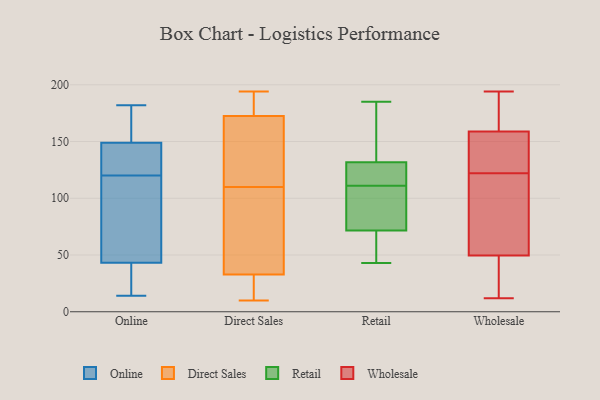
{"axis": {"x": "Gross Profit (USD K)", "y": "Value"}, "legend": ["Direct Sales", "Online", "Retail", "Wholesale"], "data": [{"x": "", "y": 34, "type": "Online"}, {"x": "", "y": 71, "type": "Online"}, {"x": "", "y": 122, "type": "Online"}, {"x": "", "y": 112, "type": "Online"}, {"x": "", "y": 172, "type": "Online"}, {"x": "", "y": 171, "type": "Online"}, {"x": "", "y": 156, "type": "Online"}, {"x": "", "y": 30, "type": "Online"}, {"x": "", "y": 14, "type": "Online"}, {"x": "", "y": 126, "type": "Online"}, {"x": "", "y": 22, "type": "Online"}, {"x": "", "y": 78, "type": "Online"}, {"x": "", "y": 128, "type": "Online"}, {"x": "", "y": 120, "type": "Online"}, {"x": "", "y": 182, "type": "Online"}, {"x": "", "y": 66, "type": "Direct Sales"}, {"x": "", "y": 149, "type": "Direct Sales"}, {"x": "", "y": 110, "type": "Direct Sales"}, {"x": "", "y": 33, "type": "Direct Sales"}, {"x": "", "y": 194, "type": "Direct Sales"}, {"x": "", "y": 191, "type": "Direct Sales"}, {"x": "", "y": 189, "type": "Direct Sales"}, {"x": "", "y": 19, "type": "Direct Sales"}, {"x": "", "y": 10, "type": "Direct Sales"}, {"x": "", "y": 85, "type": "Direct Sales"}, {"x": "", "y": 167, "type": "Direct Sales"}, {"x": "", "y": 32, "type": "Direct Sales"}, {"x": "", "y": 165, "type": "Direct Sales"}, {"x": "", "y": 112, "type": "Retail"}, {"x": "", "y": 125, "type": "Retail"}, {"x": "", "y": 111, "type": "Retail"}, {"x": "", "y": 185, "type": "Retail"}, {"x": "", "y": 43, "type": "Retail"}, {"x": "", "y": 175, "type": "Retail"}, {"x": "", "y": 102, "type": "Retail"}, {"x": "", "y": 56, "type": "Retail"}, {"x": "", "y": 142, "type": "Retail"}, {"x": "", "y": 86, "type": "Retail"}, {"x": "", "y": 115, "type": "Retail"}, {"x": "", "y": 60, "type": "Retail"}, {"x": "", "y": 82, "type": "Retail"}, {"x": "", "y": 68, "type": "Retail"}, {"x": "", "y": 134, "type": "Retail"}, {"x": "", "y": 12, "type": "Wholesale"}, {"x": "", "y": 129, "type": "Wholesale"}, {"x": "", "y": 167, "type": "Wholesale"}, {"x": "", "y": 45, "type": "Wholesale"}, {"x": "", "y": 134, "type": "Wholesale"}, {"x": "", "y": 164, "type": "Wholesale"}, {"x": "", "y": 194, "type": "Wholesale"}, {"x": "", "y": 143, "type": "Wholesale"}, {"x": "", "y": 39, "type": "Wholesale"}, {"x": "", "y": 122, "type": "Wholesale"}, {"x": "", "y": 117, "type": "Wholesale"}, {"x": "", "y": 86, "type": "Wholesale"}, {"x": "", "y": 63, "type": "Wholesale"}, {"x": "", "y": 14, "type": "Wholesale"}, {"x": "", "y": 167, "type": "Wholesale"}]}